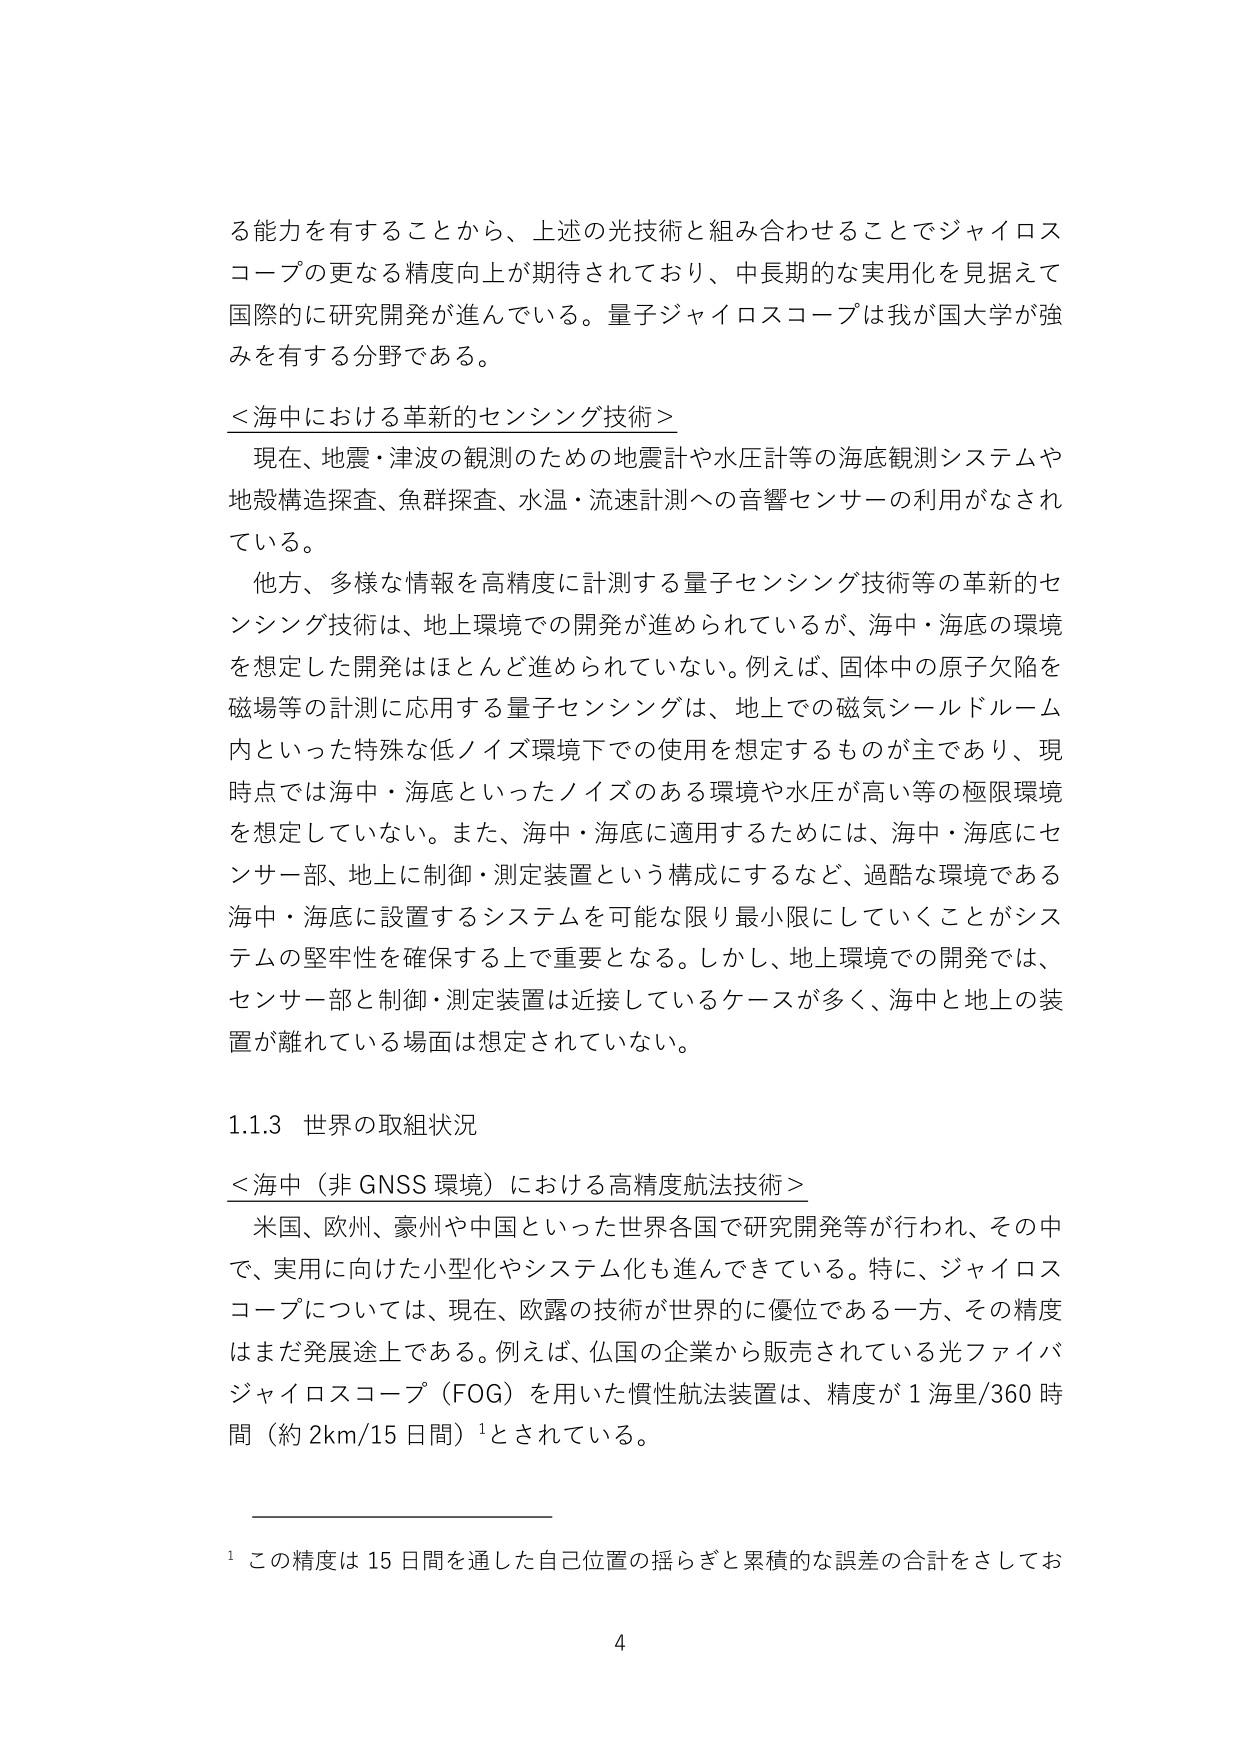
る能力を有することから、上述の光技術と組み合わせることでジャイロスコープの更なる精度向上が期待されており、中長期的な実用化を見据えて国際的に研究開発が進んでいる。量子ジャイロスコープは我が国大学が強みを有する分野である。

＜海中における革新的センシング技術＞
現在、地震・津波の観測のための地震計や水圧計等の海底観測システムや地殻構造探査、魚群探査、水温・流速計測への音響センサーの利用がなされている。
他方、多様な情報を高精度に計測する量子センシング技術等の革新的センシング技術は、地上環境での開発が進められているが、海中・海底の環境を想定した開発はほとんど進められていない。例えば、固体中の原子欠陥を磁場等の計測に応用する量子センシングは、地上での磁気シールドルーム内といった特殊な低ノイズ環境下での使用を想定するものが主であり、現時点では海中・海底といったノイズのある環境や水圧が高い等の極限環境を想定していない。また、海中・海底に適用するためには、海中・海底にセンサー一部、地上に制御・測定装置という構成にするなど、過酷な環境である海中・海底に設置するシステムを可能な限り最小限にしていくことがシステムの堅牢性を確保する上で重要となる。しかし、地上環境での開発では、センサー一部と制御・測定装置は近接しているケースが多く、海中と地上の装置が離れている場面は想定されていない。

1.1.3 世界の取組状況
＜海中（非 GNSS 環境）における高精度航法技術＞
米国、欧州、豪州や中国といった世界各国で研究開発等が行われ、その中で、実用に向けた小型化やシステム化も進んできている。特に、ジャイロスコープについては、現在、欧露の技術が世界的に優位である一方、その精度はまだ発展途上である。例えば、仏国の企業から販売されている光ファイバジャイロスコープ（FOG）を用いた慣性航法装置は、精度が 1 海里/360 時間（約 2km/15 日間）¹とされている。

¹ この精度は 15 日間を通した自己位置の揺らぎと累積的な誤差の合計をさしてお
4